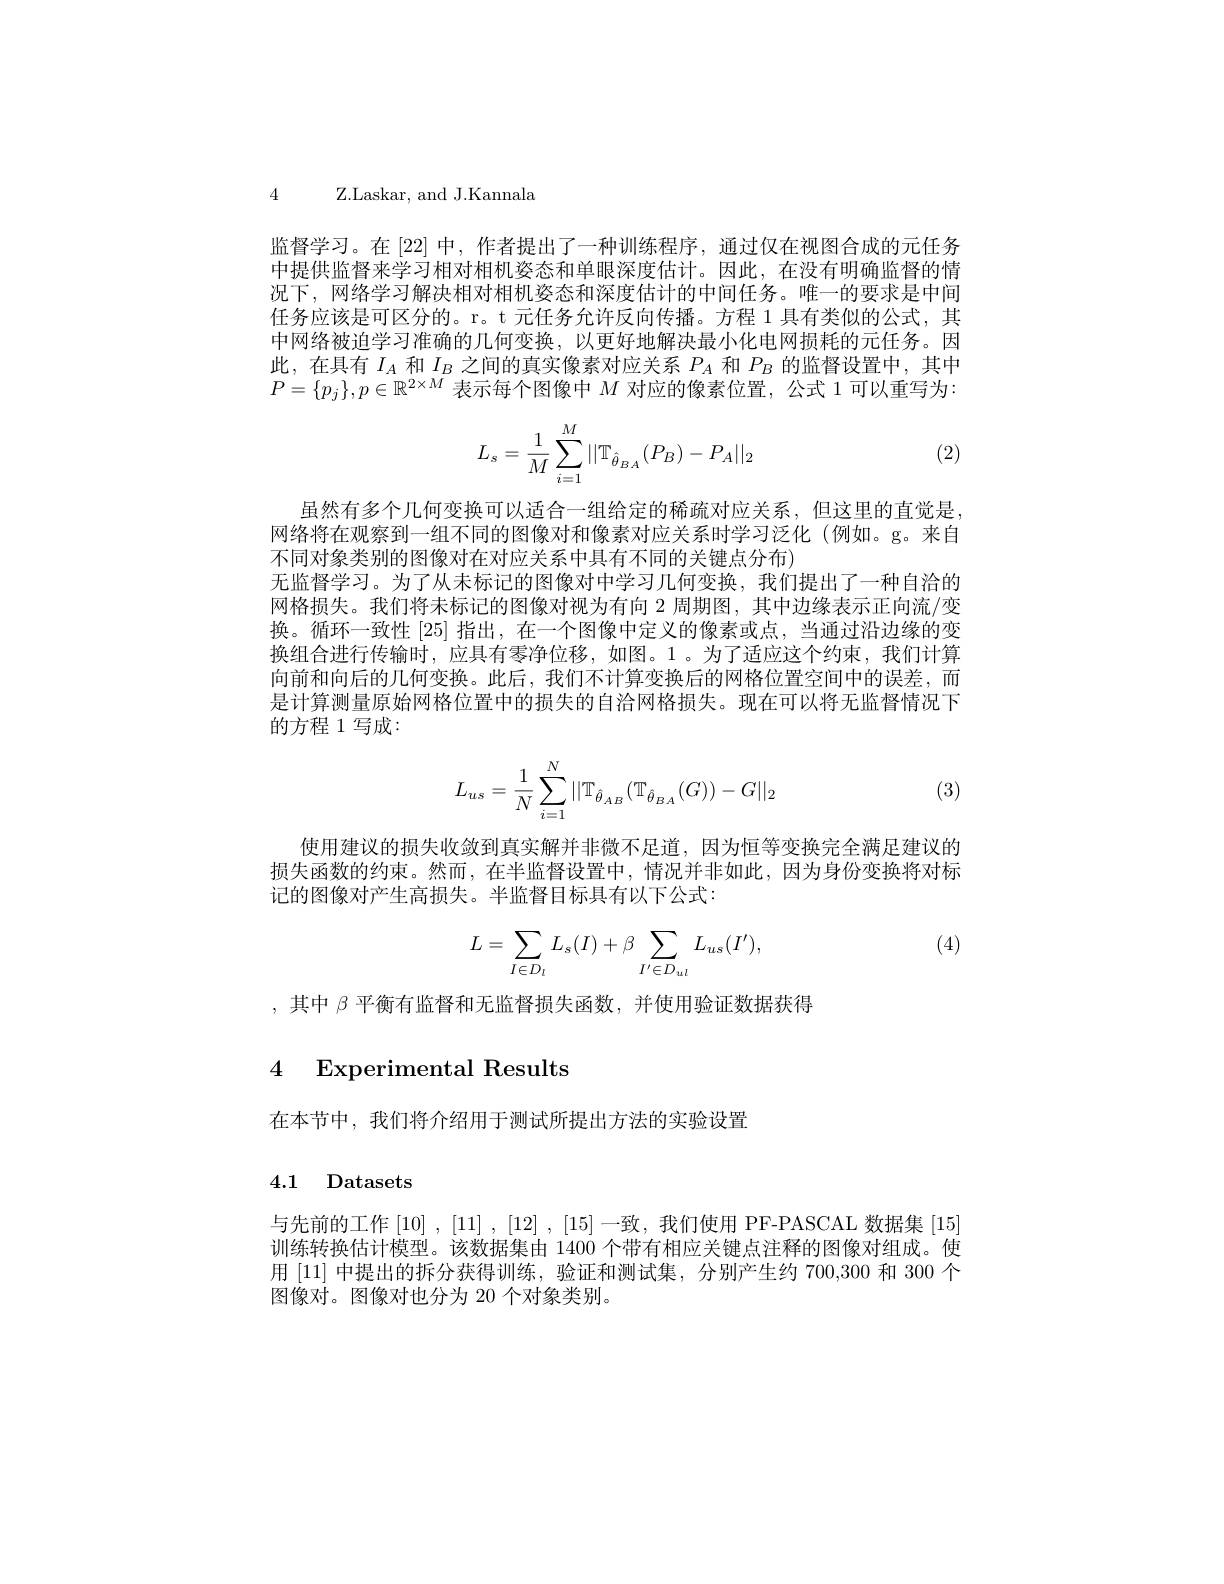
4 Z.Laskar, and J.Kannala

监督学习。在[22] 中，作者提出了一种训练程序，通过仅在视图合成的元任务中提供监督来学习相对相机姿态和单眼深度估计。因此，在没有明确监督的情况下，网络学习解决相对相机姿态和深度估计的中间任务。唯一的要求是中间任务应该是可区分的。r。t 元任务允许反向传播。方程 1 具有类似的公式，其中网络被迫学习准确的几何变换，以更好地解决最小化电网损耗的元任务。因此，在具有$I_A$和$I_B$之间的真实像素对应关系$P_A$和$P_B$的监督设置中，其中$P=\{p_j\},p\in\mathbb{R}^{2\times M}$表示每个图像中$M$对应的像素位置，公式 1可以重写为：
$$L_s=\dfrac{1}{M}\sum_{i=1}^M||\mathbb{T}_{\hat{\theta}_{BA}}(P_B)-P_A||_2$$
(2)

虽然有多个几何变换可以适合一组给定的稀疏对应关系，但这里的直觉是， 网络将在观察到一组不同的图像对和像素对应关系时学习泛化(例如。g。来自不同对象类别的图像对在对应关系中具有不同的关键点分布)
无监督学习。为了从未标记的图像对中学习几何变换，我们提出了一种自治的网格损失。我们将未标记的图像对视为有向 2 周期图，其中边缘表示正向流/变换。循环一致性[25]指出，在一个图像中定义的像素或点，当通过沿边缘的变换组合进行传输时，应具有零净位移，如图。1。为了适应这个约束，我们计算向前和向后的几何变换。此后，我们不计算变换后的网格位置空间中的误差，而是计算测量原始网格位置中的损失的自治网格损失。现在可以将无监督情况下的方程 1 写成：
$$L_{us}=\dfrac{1}{N}\sum_{i=1}^{N}||\mathbb{T}_{\hat{\theta}_{AB}}(\mathbb{T}_{\hat{\theta}_{BA}}(G))-G||_{2}$$
(3)

使用建议的损失收敛到真实解并非微不足道，因为恒等变换完全满足建议的损失函数的约束。然而，在半监督设置中，情况并非如此，因为身份变换将对标记的图像对产生高损失。半监督目标具有以下公式：

(4)
$$\begin{aligned}L=\sum_{I\in D_l}L_s(I)+\beta\sum_{I'\in D_{ul}}L_{us}(I'),\end{aligned}$$
,其中$\beta$平衡有监督和无监督损失函数，并使用验证数据获得

## 4 Experimental Results

在本节中，我们将介绍用于测试所提出方法的实验设置

## 4.1 Datasets

与先前的工作 [10] , [11] , [12] , [15] -致，我们使用 PF-PASCAL 数据集 [15] 训练转换估计模型。该数据集由 1400 个带有相应关键点注释的图像对组成。使用[11] 中提出的拆分获得训练，验证和测试集，分别产生约 700,300 和 300 个图像对。图像对也分为 20 个对象类别。